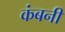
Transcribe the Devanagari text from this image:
कंबनी